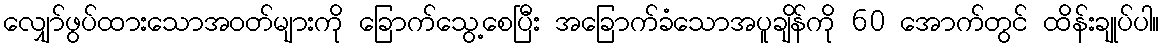
လျှော်ဖွပ်ထားသောအဝတ်များကို ခြောက်သွေ့စေပြီး အခြောက်ခံသောအပူချိန်ကို 60 အောက်တွင် ထိန်းချုပ်ပါ။